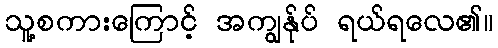
သူ့စကားကြောင့် အကျွန်ုပ် ရယ်ရလေ၏။